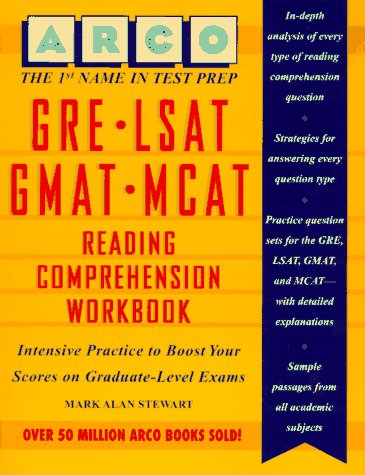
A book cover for Gre-Lsat-Gmat-McAt Reading Comprehension Workbook (1st ed); Mark Alan Stewart; Test Preparation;